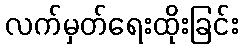
လက်မှတ်ရေးထိုးခြင်း